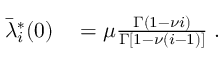
\begin{array} { r l } { \bar { \lambda } _ { i } ^ { * } ( 0 ) } & { { } = \mu \frac { \Gamma \left( 1 - \nu i \right) } { \Gamma \left[ 1 - \nu ( i - 1 ) \right] } \; . } \end{array}